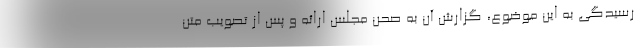
رسیدگی به این موضوع، گزارش آن به صحن مجلس ارائه و پس از تصویب متن